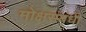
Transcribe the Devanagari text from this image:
मोक्षसंबंधी